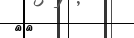
٤٣